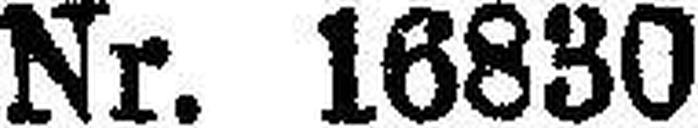
Nr. 16830